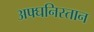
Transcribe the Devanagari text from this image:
अफ्घनिस्तान